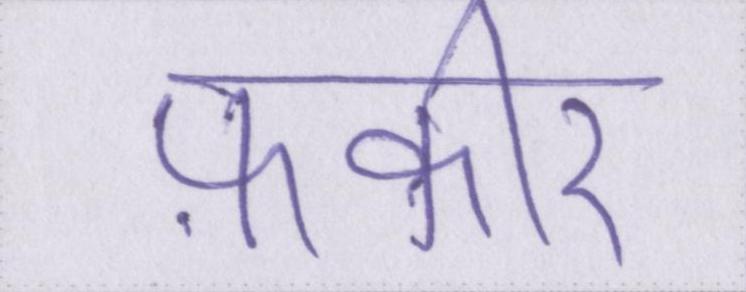
फ़कीर